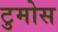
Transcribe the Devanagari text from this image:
टुमोस